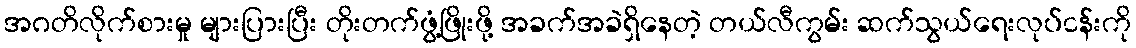
အဂတိလိုက်စားမှု များပြားပြီး တိုးတက်ဖွံ့ဖြိုးဖို့ အခက်အခဲရှိနေတဲ့ တယ်လီကွမ်း ဆက်သွယ်ရေးလုပ်ငန်းကို